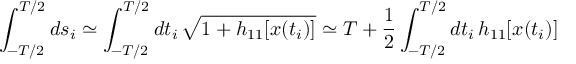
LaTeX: \int _ { - T / 2 } ^ { T / 2 } d s _ { i } \simeq \int _ { - T / 2 } ^ { T / 2 } d t _ { i } \, \sqrt { 1 + h _ { 1 1 } [ x ( t _ { i } ) ] } \simeq T + \frac { 1 } { 2 } \int _ { - T / 2 } ^ { T / 2 } d t _ { i } \, h _ { 1 1 } [ x ( t _ { i } ) ]